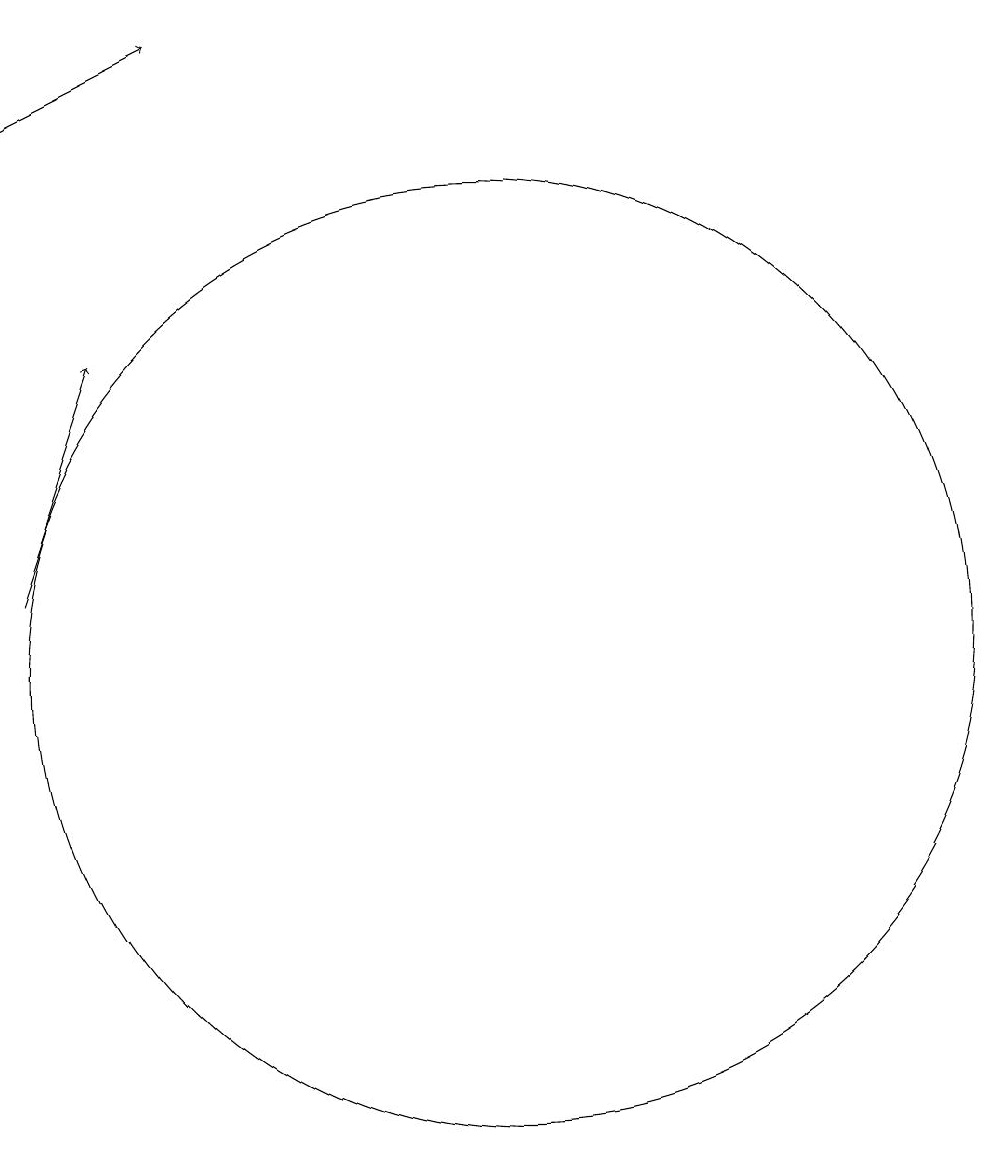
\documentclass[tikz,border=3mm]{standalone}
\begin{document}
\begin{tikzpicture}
\draw (10,10) circle (6);
\draw[->] (4,11) -- (5,14);
\draw[->] (4,17) -- (6,18);
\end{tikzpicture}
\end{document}